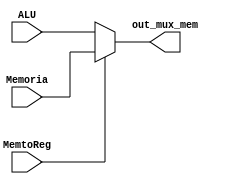
//Funcionabilidad:
//El mdulo Mux_Mem es un multiplexor (MUX) de 2 a 1 que selecciona entre dos entradas de 32 bits (ALU y Memoria) basndose en la 
//seal de control MemtoReg. La salida out_mux_mem ser igual a Memoria si MemtoReg es 1, de lo contrario, ser igual a ALU. 
//Este comportamiento es esencial para determinar la fuente del valor que se escribir en un registro, permitiendo elegir entre 
//el resultado de la ALU y un valor ledo de memoria.
//Entradas:
//ALU (input [31:0]): Entrada de 32 bits que representa el valor de salida de la Unidad Aritmtico-Lgica (ALU).
//Memoria (input [31:0]): Entrada de 32 bits que representa el valor ledo de la memoria.
//MemtoReg (input): Seal de control que determina la fuente de datos. Si MemtoReg es 1, se selecciona Memoria; si es 0, se 
//selecciona ALU.
//Salidas:
//out_mux_mem (output [31:0]): Salida de 32 bits que proporciona el valor seleccionado por el multiplexor.
//Razn de implemetacin:
//El mdulo Mux_Mem se introduce para permitir la seleccin dinmica entre el resultado de la ALU y un valor de memoria en 
//el camino de datos del procesador. Esta seleccin es crucial para la correcta ejecucin de instrucciones de carga y operaciones
//aritmticas.


`timescale 1ns / 1ps

module Mux_Mem(

    input [31:0] ALU,
    input [31:0] Memoria,
    input MemtoReg, //seal de control
    output [31:0] out_mux_mem
);
    assign out_mux_mem = (MemtoReg) ?  Memoria: ALU; //si MemtoReg es 1 sale Memoria.
endmodule